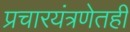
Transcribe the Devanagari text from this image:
प्रचारयंत्रणेतही